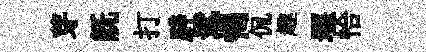
芽既打辟髦愒侃趣堰恰